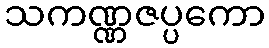
သကဏ္ဏဇပ္ပကော